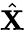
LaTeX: \hat{\mathbf X}